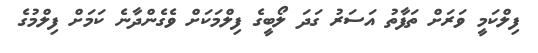
ފިލްކަމީ ވަރަށް ތަފާތު އަސަރު ގަދަ ލޯބީގެ ފިލްމަކަށް ވެގެންދާނެ ކަމަށް ފިލްމުގެ